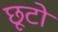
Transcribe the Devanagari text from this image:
छूटो